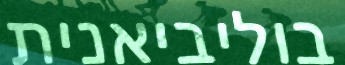
בוליביאנית